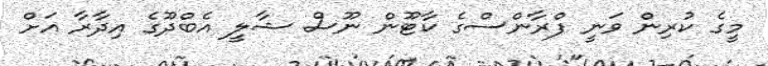
މީގެ ކުރިން ވަނީ ފްރާންސްގެ ކާޓޫން ނޫސް ޝާލީ އެބްދޫގެ އިދާރާ އަށް